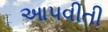
આપવીતી